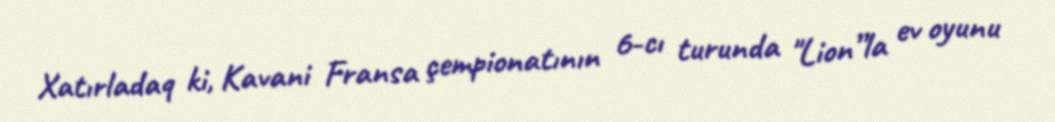
Xatırladaq ki, Kavani Fransa çempionatının 6-cı turunda "Lion”la ev oyunu